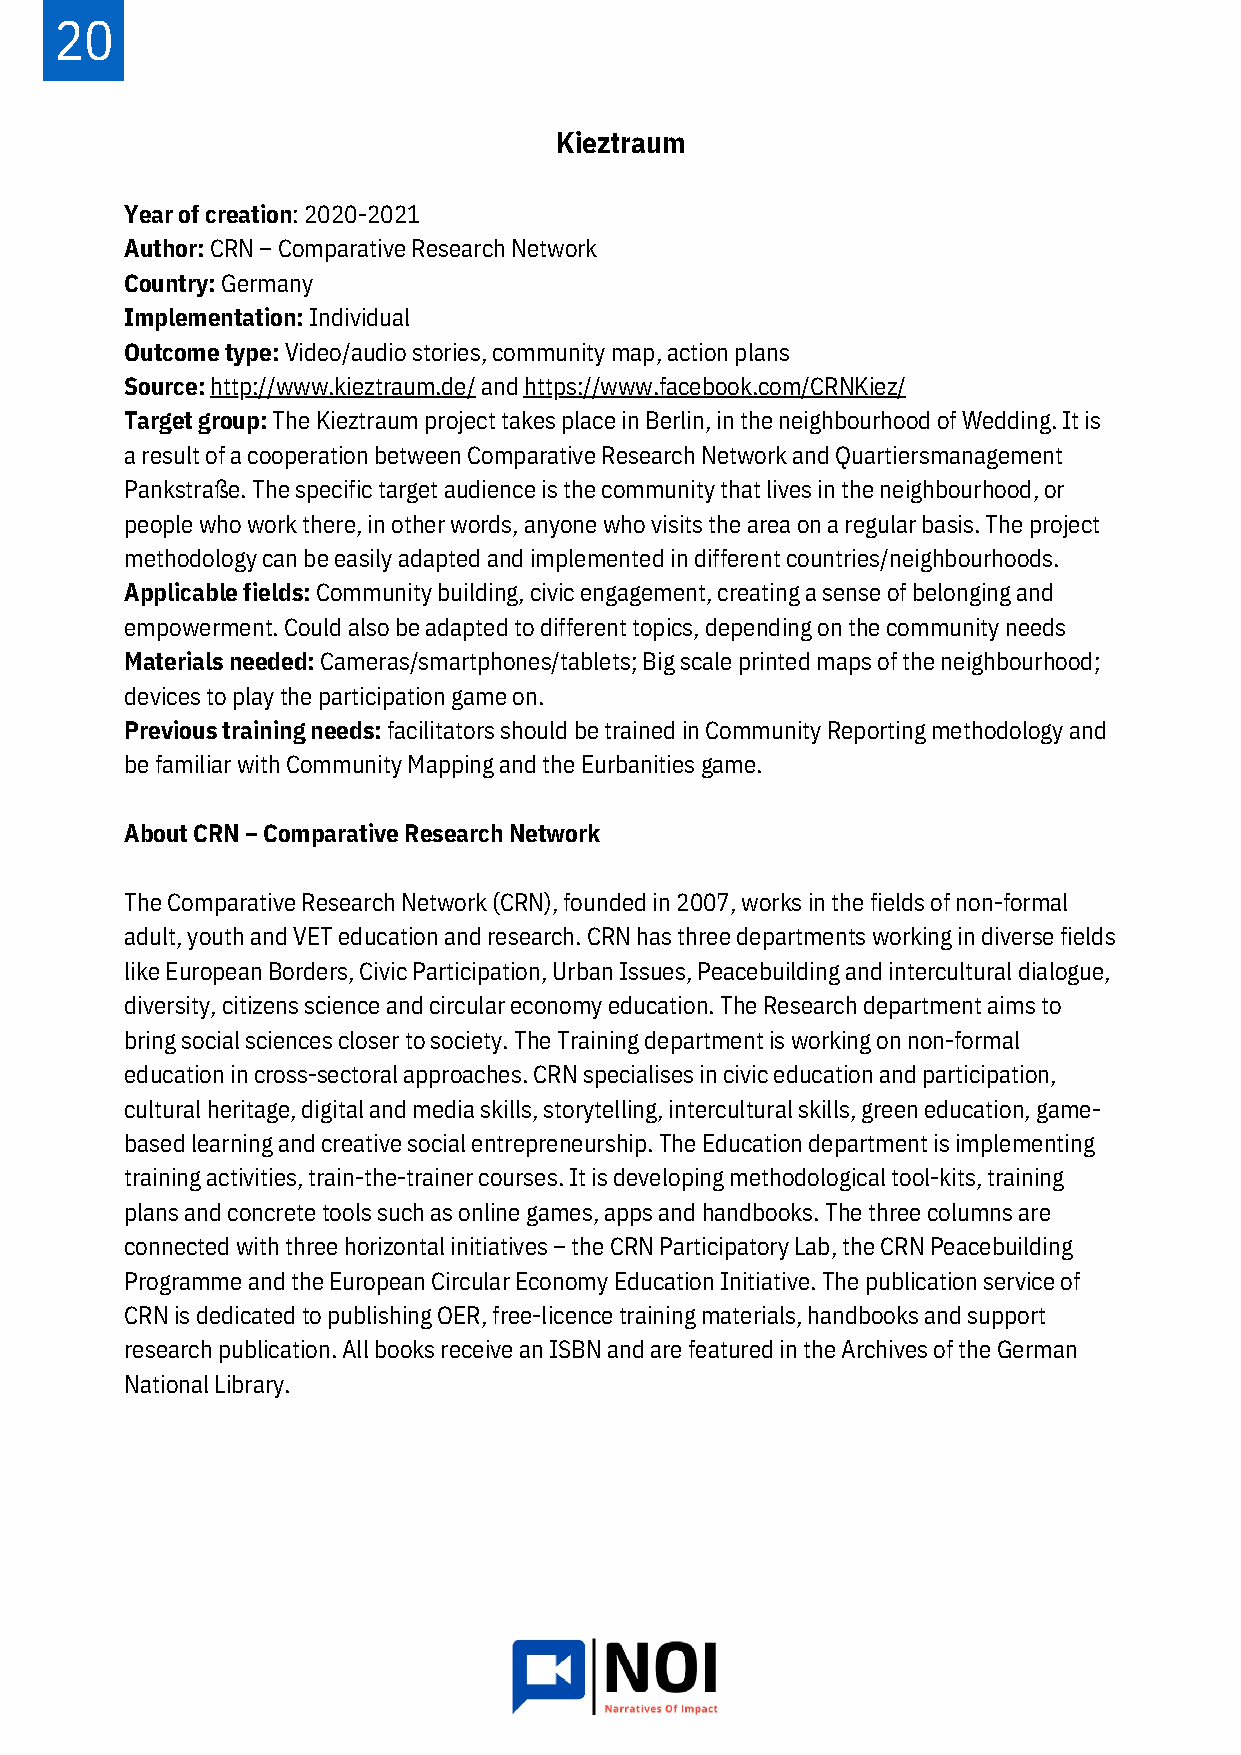
20
 Kieztraum
 Year of creation: 2020-2021
 Author: CRN – Comparative Research Network
 Country: Germany
 Implementation: Individual
 Outcome type: Video/audio stories, community map, action plans
 Source: http://www.kieztraum.de/ and https://www.facebook.com/CRNKiez/
 Target group: The Kieztraum project takes place in Berlin, in the neighbourhood of Wedding. It is
 a result of a cooperation between Comparative Research Network and Quartiersmanagement
 Pankstraße. The specific target audience is the community that lives in the neighbourhood, or
 people who work there, in other words, anyone who visits the area on a regular basis. The project
 methodology can be easily adapted and implemented in different countries/neighbourhoods.
 Applicable fields: Community building, civic engagement, creating a sense of belonging and
 empowerment. Could also be adapted to different topics, depending on the community needs
 Materials needed: Cameras/smartphones/tablets; Big scale printed maps of the neighbourhood;
 devices to play the participation game on.
 Previous training needs: facilitators should be trained in Community Reporting methodology and
 be familiar with Community Mapping and the Eurbanities game.
 About CRN – Comparative Research Network
 The Comparative Research Network (CRN), founded in 2007, works in the fields of non-formal
 adult, youth and VET education and research. CRN has three departments working in diverse fields
 like European Borders, Civic Participation, Urban Issues, Peacebuilding and intercultural dialogue,
 diversity, citizens science and circular economy education. The Research department aims to
 bring social sciences closer to society. The Training department is working on non-formal
 education in cross-sectoral approaches. CRN specialises in civic education and participation,
 cultural heritage, digital and media skills, storytelling, intercultural skills, green education, game-
 based learning and creative social entrepreneurship. The Education department is implementing
 training activities, train-the-trainer courses. It is developing methodological tool-kits, training
 plans and concrete tools such as online games, apps and handbooks. The three columns are
 connected with three horizontal initiatives – the CRN Participatory Lab, the CRN Peacebuilding
 Programme and the European Circular Economy Education Initiative. The publication service of
 CRN is dedicated to publishing OER, free-licence training materials, handbooks and support
 research publication. All books receive an ISBN and are featured in the Archives of the German
 National Library.